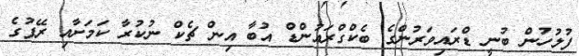
ފުލުހުން ބުނީ ޑްރައިވަރުންގެ ބެކްގްރައުންޑް އުބާ އިން ޗެކް ނުކުރާ ކަމަށާއި ރޭޕުގެ